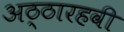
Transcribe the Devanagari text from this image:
अठ्ठारहवी